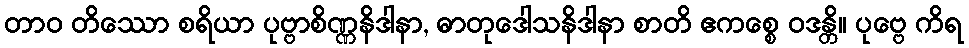
တာဝ တိဿော စရိယာ ပုဗ္ဗာစိဏ္ဏနိဒါနာ, ဓာတုဒေါသနိဒါနာ စာတိ ဧကစ္စေ ဝဒန္တိ။ ပုဗ္ဗေ ကိရ